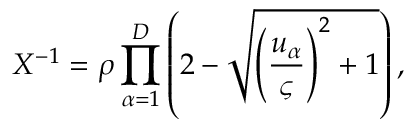
X ^ { - 1 } = \rho \prod _ { \alpha = 1 } ^ { D } \left( 2 - \sqrt { { \left( \frac { u _ { \alpha } } { \varsigma } \right) } ^ { 2 } + 1 } \right) ,